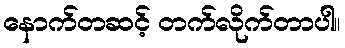
နောက်တဆင့် တက်လိုက်တာပါ။